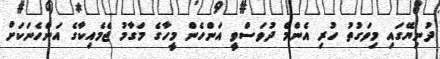
ދުނިޔޭގައި މިވަގުތު ހުރި އެންމެ ދުވަސްވީ އަންހެން މީހާގެ މަގާމު ޖެމެއިކާގެ އަންހެނަކަށް